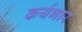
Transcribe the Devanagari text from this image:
कर्यभार